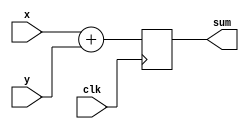
module add_6(sum,x,y,clk);
  output reg sum;
  input x,y,clk;
  reg t1,t2;
  always @(posedge clk) begin
      sum <= x + y;
  end
endmodule